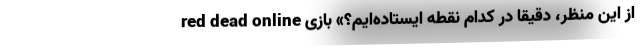
از این منظر، دقیقاً در کدام نقطه ایستاده‌ایم؟» بازی red dead online